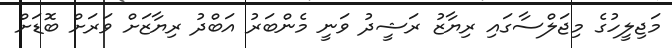
މަޖިލީހުގެ މިޖަލްސާގައި ރިޔާޒު ރަޝީދު ވަނީ މެންބަރު އަބްދު ރިޔާޒަށް ވަރަށް ބޮޑަށް